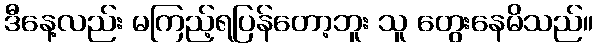
ဒီနေ့လည်း မကြည့်ရပြန်တော့ဘူး သူ တွေးနေမိသည်။